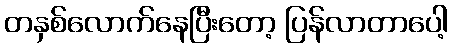
တနှစ်လောက်နေပြီးတော့ ပြန်လာတာပေါ့